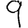
Digit: 9